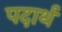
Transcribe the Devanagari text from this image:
पदार्थ